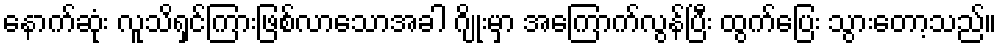
နောက်ဆုံး လူသိရှင်ကြားဖြစ်လာသောအခါ ဂျိုးမှာ အကြောက်လွန်ပြီး ထွက်ပြေး သွားတော့သည်။